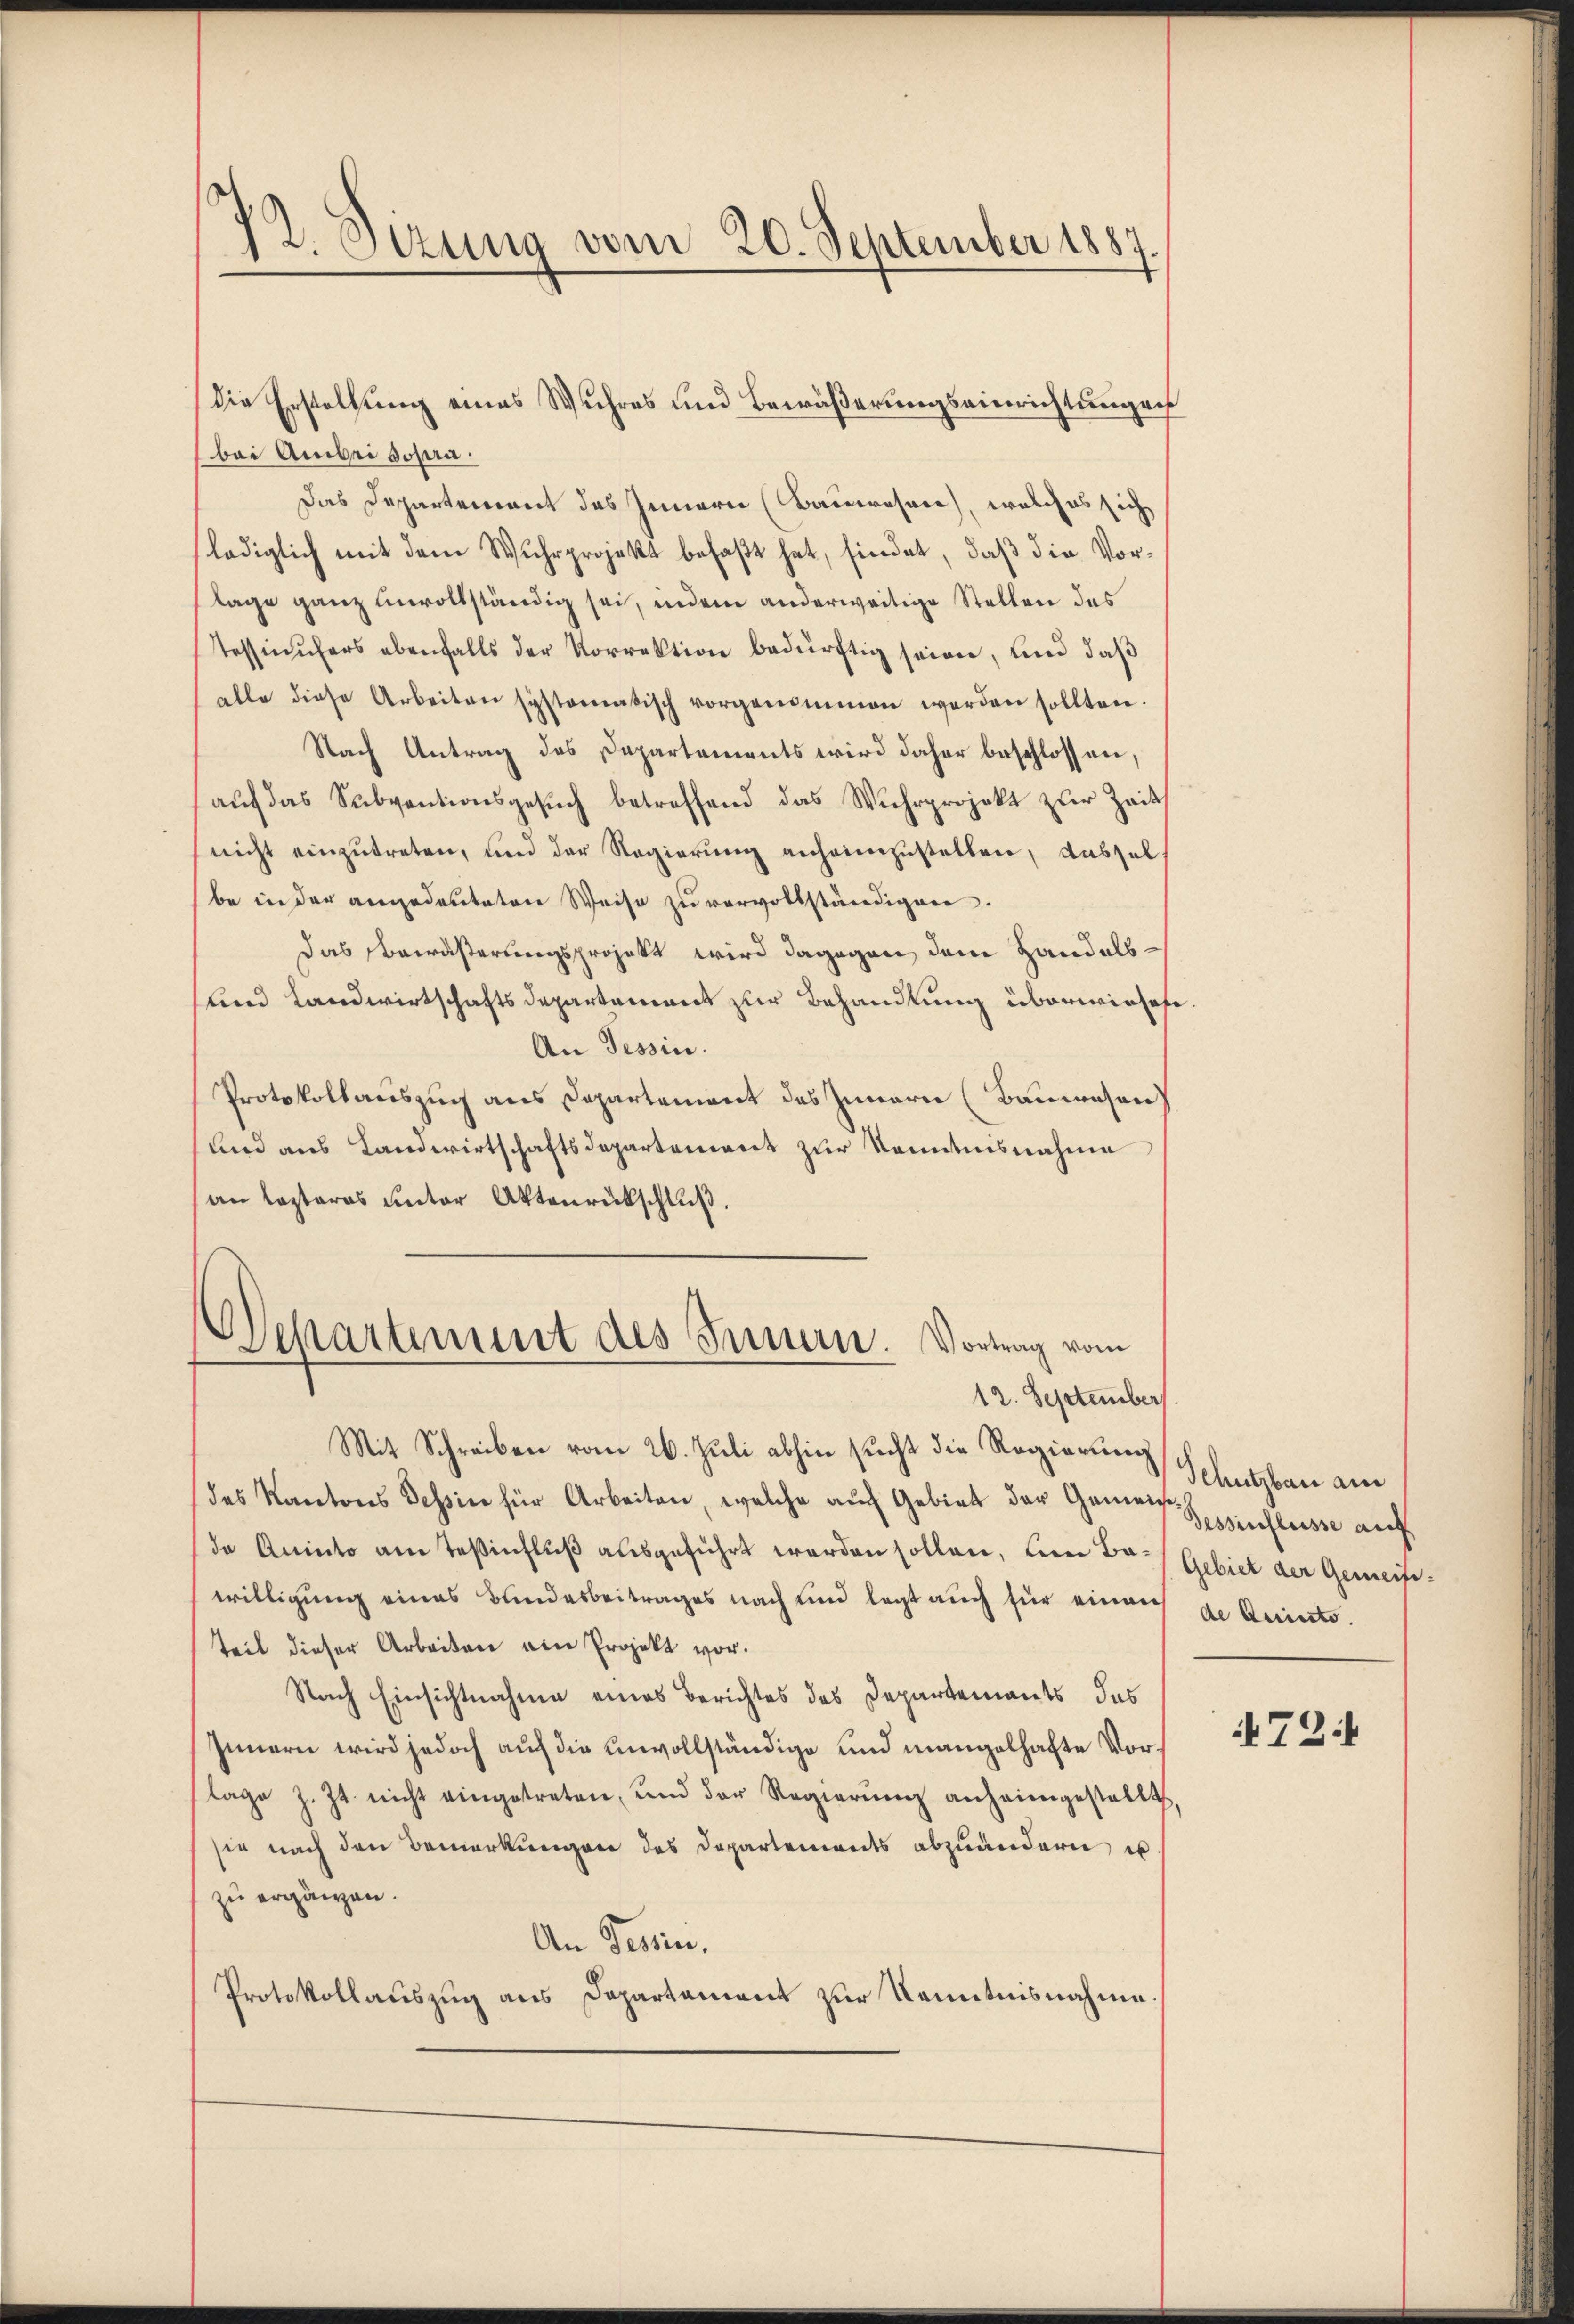
12. Sizung vom 20. September 1887.

bei Ambei sofern.
Das Departement des Innern (Bauwesen), welches sich
lediglich mit dem Wuhrprojekt befaßt hat, findet, daß die Vorlage ganz einvollständig sei, indem anderweitige Stellen das
Tessinufers ebenfalls der Korrektion bedürftig seien, und daß
alle diese Arbeiten systematisch vorgenommen werden sollten.
Nach Antrag des Departements wird daher beschlossen,
aŭf das Subventionsgesŭch betreffend das Wuhrprojekt zŭr Zeits
nicht einzutreten, und der Regierung anheimzustellen, Ausselbe in der angedeuteten Weise zu vervollständigen.
Das Bewäßerungsprojekt wird dagegen dem Handels¬
und Landwirtschaftsdepartement zur Behandlung überwieses
An Tessin.
Protokollauszuch aus Departement des Innern (Bauwesen
und aus Landwirtschaftsdepartement zur Kenntnisnahme
an Captaros unter Aktenrückschluß.

die Erstellung eines Wuhres und Bewäßerungseinrichtungen

Separtement des Innen. Vortrag vom
12. September

Mit Schreiben vom 26. Juli abhin sucht die Regierung Schutzbau ane
des Kantons Tessin für Arbeiten, welche auch Gebiet der Gemein Hiefleise auf
da Aninto am Teßinfluß ausgeführt werden sollen, um Bo-Gebiet der Gemeisewilligung eines Bundesbeitrages nach und legt auch für einaus de Quintoteil dieser Arbeiten am Projekt vor.
Nach Einsichtnahme eines Berichtes des Departements, das
Innern wird jedoch auf die unvollständige und mangelhafte Vorlage z. Zt. nicht eingestreten, und der Regierŭng anheimgestellt
sie nach den Bemerkungen des Departements abzuändern u
zu ergänzen.
An Tessin,
Protokollauszug aus Departament zur Kenntnisnahme.

724